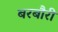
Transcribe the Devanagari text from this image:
बरबौरी